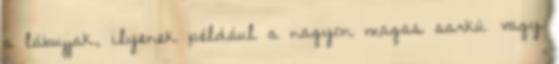
a lábujjak, ilyenek például a nagyon magas sarkú vagy